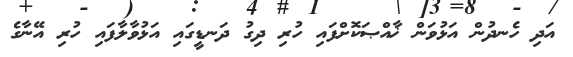
އަދި ހެނދުން އަޅުވަން ޚާއްޞަކޮށްފައި ހުރި ދިގު ދަނޑީގައި އަޅުވާލާފައި ހުރި އޭނާގެ